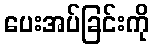
ပေးအပ်ခြင်းကို